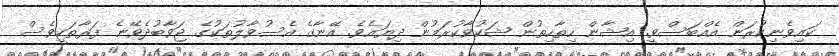
ކައިވެނިކުރަން އެއްބަސްވީ. އިޝާން ހިތާހިތުން ޝަކުވާކުރަމުން ދިޔައެވެ. އޭނާގެ އެސުވާލުތަކުގެ ޖަވާބުދެވޭނެ ފަރާތަކީވެސް